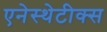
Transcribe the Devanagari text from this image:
एनेस्थेटीक्स